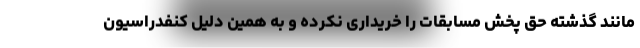
مانند گذشته حق پخش مسابقات را خریداری نکرده و به همین دلیل کنفدراسیون